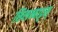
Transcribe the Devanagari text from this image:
सिलम्बाट्टम्